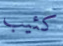
كئيب